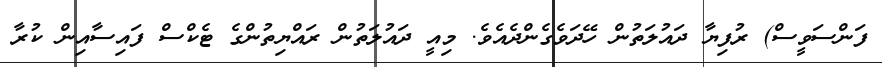
ފަންސަވީސް) ރުފިޔާ ދައުލަތުން ހޭދަވެގެންދެއެވެ. މިއީ ދައުލަތުން ރައްޔިތުންގެ ޓެކްސް ފައިސާއިން ކުރާ